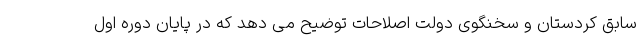
سابق کردستان و سخنگوی دولت اصلاحات توضیح می دهد که در پایان دوره اول